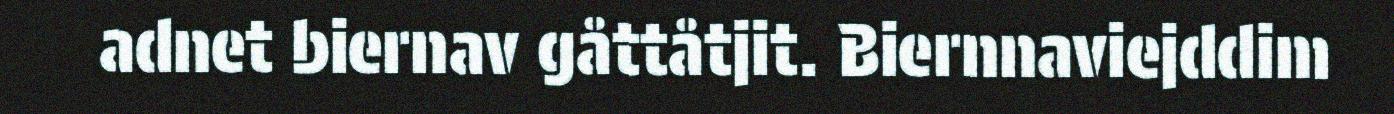
adnet biernav gåttåtjit. Biernnaviejddim